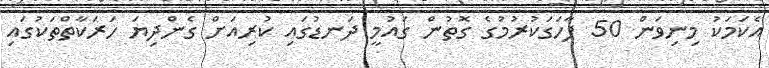
އެކަމަކު މިނިވަން 50 ފާހަގަކުރުމުގެ ގޮތުން ގައުމީ ދަނޑުގައި ކުރިއަށް ގެންދިޔަ ހަރަކާތްތަކުގައި